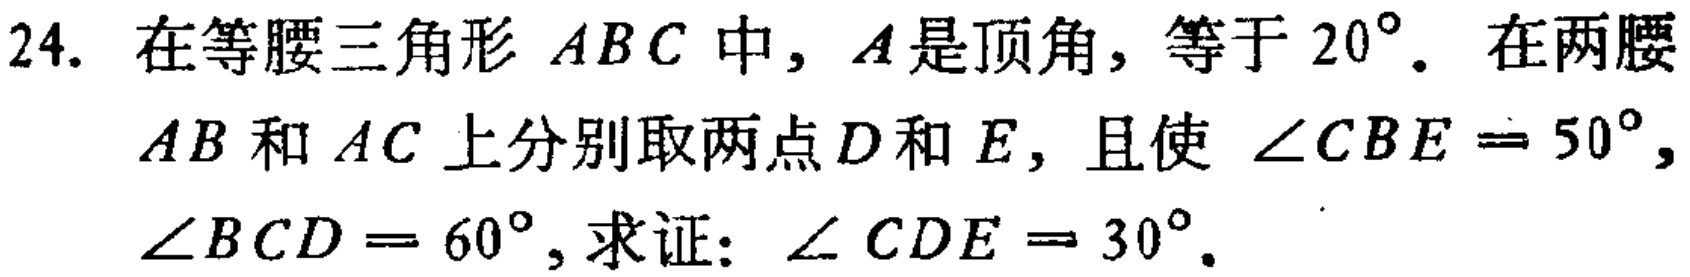
24. 在等腰三角形 \(ABC\) 中，\(A\) 是顶角，等于 \(20^{\circ}\)。在两腰 \(AB\) 和 \(AC\) 上分别取两点 \(D\) 和 \(E\)，且使 \(\angle CBE = 50^{\circ}\)，\(\angle BCD = 60^{\circ}\)，求证：\(\angle CDE = 30^{\circ}\)。